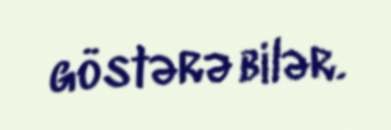
göstərə bilər.